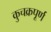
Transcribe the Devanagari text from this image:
कुचक्रपूर्ण